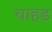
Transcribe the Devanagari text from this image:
चाहड